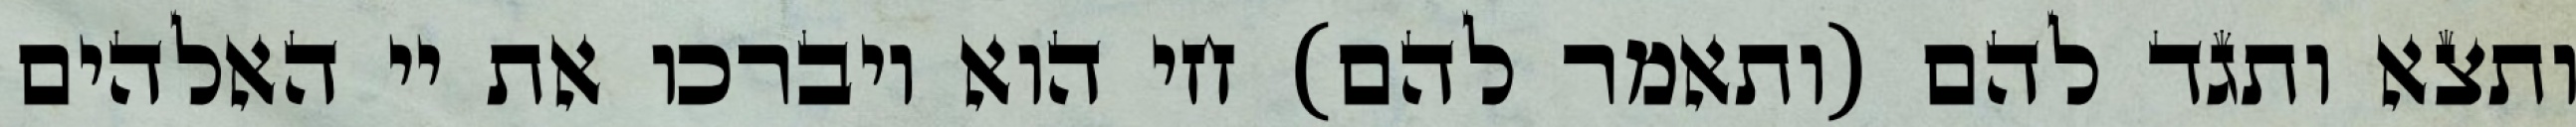
ותצא ותגד להם (ותאמר להם) חי הוא ויברכו את יי האלהים